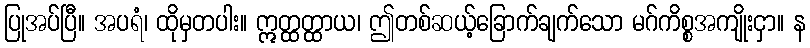
ပြုအပ်ပြီ။ အပရံ၊ ထိုမှတပါး။ ဣတ္ထတ္ထာယ၊ ဤတစ်ဆယ့်ခြောက်ချက်သော မဂ်ကိစ္စအကျိုးငှာ။ န